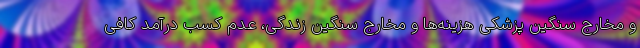
و مخارج سنگین پزشکی هزینه‌ها و مخارج سنگین زندگی، عدم کسب درآمد کافی